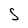
Character: S